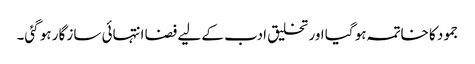
جمود کا خاتمہ ہو گیا اور تخلیق ادب کے لیے فضا انتہائی ساز گار ہو گئی۔